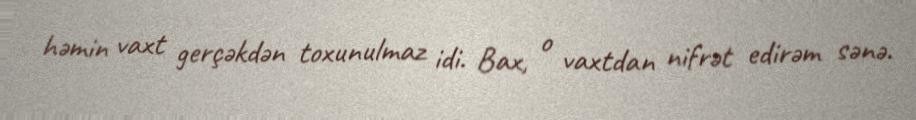
həmin vaxt gerçəkdən toxunulmaz idi. Bax, o vaxtdan nifrət edirəm sənə.